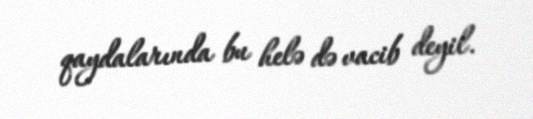
qaydalarında bu helə də vacib deyil.